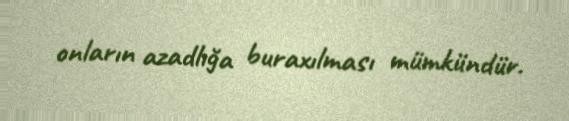
onların azadlığa buraxılması mümkündür.